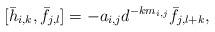
LaTeX: \begin{align*} [\bar{h}_{i,k}, \bar{f}_{j,l}]=-a_{i,j}d^{-km_{i,j}}\bar{f}_{j,l+k},\end{align*}